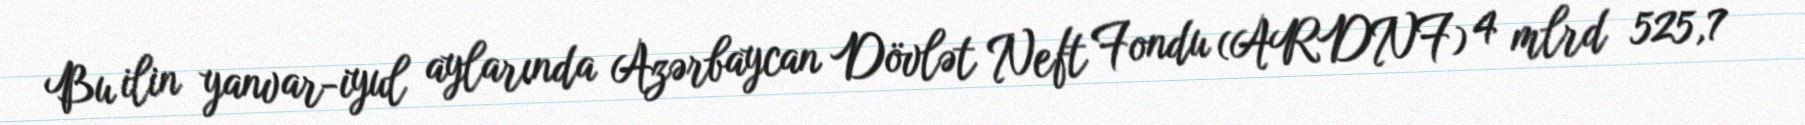
Bu ilin yanvar-iyul aylarında Azərbaycan Dövlət Neft Fondu (ARDNF) 4 mlrd 525,7